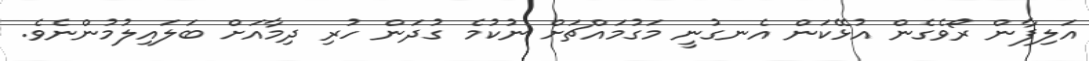
އަލިފާން ރޯވެގެން އުޅޭކަން އެނގުނީ މަގުމައްޗަށް ނުކުމެ ގުދަން ހުރި ދިމާއަށް ބަލައިލުމުންނެވެ.